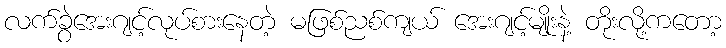
လက်ခွဲအေးဂျင့်လုပ်စားနေတဲ့ မဖြစ်ညစ်ကျယ် အေးဂျင့်မျိုးနဲ့ တိုးလို့ကတော့